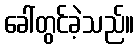
ခေါ်တွင်ခဲ့သည်။